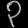
Digit: ၃